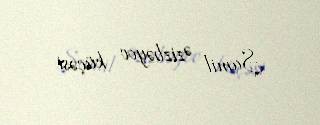
Şamil Əzizbəyov küçəsi